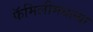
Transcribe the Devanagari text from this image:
फॅमिलीमधल्या